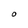
Character: O